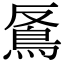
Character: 𩿔